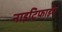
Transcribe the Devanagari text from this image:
नाइट्रिफाइंग